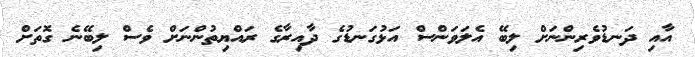
އާއި ދަނޑުވެރިންނަށް ލިބޭ އެލަވަންސް އަޅުގަނޑުގެ ދާއިރާގެ ރައްޔިތުންނަށް ވެސް ލިބޭނެ ގޮތަށް